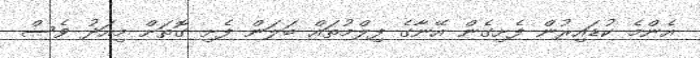
އެންމެ ކުޑައިރުން ފެށިގެން އޭނާގެ ފިލްމުތައް ބަލަން ފެށި ގޮތަށް މިއަދު ވެސް